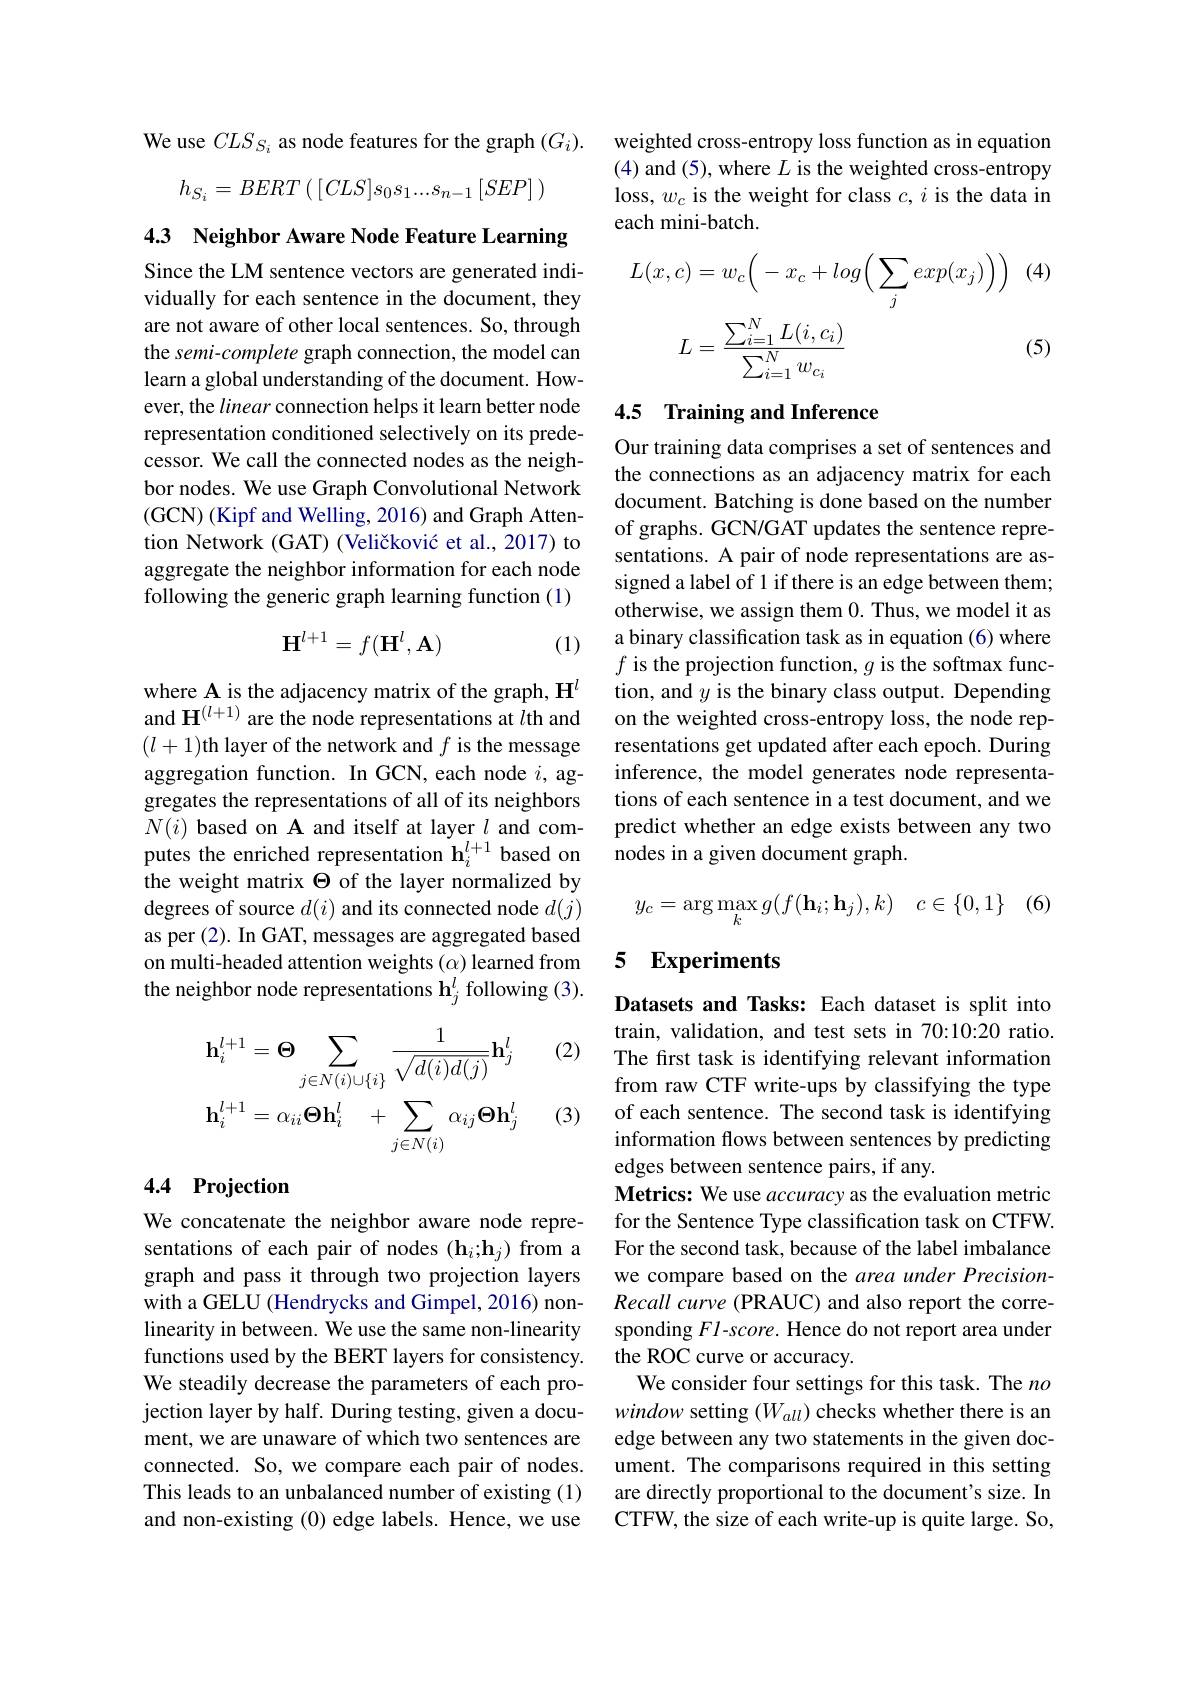
We use $CLS_{S_{i}}$ as node features for the graph $(G_{i}).$
$$h_{S_{i}}=BERT\left(\:[CLS]s_{0}s_{1}...s_{n-1}\:[SEP]\:\right)$$
4.3 Neighbor Aware Node Feature Learning

Since the LM sentence vectors are generated individually for each sentence in the document, they are not aware of other local sentences. So, through the semi-complete graph connection, the model can learn a global understanding of the document. However, the linear connection helps it learn better node representation conditioned selectively on its predecessor. We call the connected nodes as the neighbor nodes. We use Graph Convolutional Network (GCN) (Kipf and Welling, 2016) and Graph Attention Network (GAT) (Veličković et al., 2017) to aggregate the neighbor information for each node following the generic graph learning function (1)
$$\mathbf{H}^{l+1}=f(\mathbf{H}^l,\mathbf{A})$$
(1)

where A is the adjacency matrix of the graph, H$^l$ and $\mathbf{H}^{(l+1)}$ are the node representations at $l$th and $(l+1)$th layer of the network and $f$ is the message aggregation function. In GCN, each node $i$, aggregates the representations of all of its neighbors $N(i)$ based on A and itself at layer $l$ and computes the enriched representation $\mathbf{h}_i^{l+1}$ based on the weight matrix $\Theta$ of the layer normalized by degrees of source $d(i)$ and its connected node $d(j)$ as per (2). In GAT, messages are aggregated based on multi-headed attention weights $(\alpha)$ learned from the neighbor node representations $\mathbf{h}_j^l$ following (3).

(2)
$$\mathbf{h}_{i}^{l+1}=\Theta\sum_{j\in N(i)\cup\{i\}}\frac{1}{\sqrt{d(i)d(j)}}\mathbf{h}_{j}^{l}\\\mathbf{h}_{i}^{l+1}=\alpha_{ii}\mathbf{\Theta}\mathbf{h}_{i}^{l}\quad+\sum_{j\in N(i)}\alpha_{ij}\mathbf{\Theta}\mathbf{h}_{j}^{l}$$
(3)

### 4.4 Projection

We concatenate the neighbor aware node representations of each pair of nodes (h$i;\mathbf{h}_j)$ from a graph and pass it through two projection layers with a GELU (Hendrycks and Gimpel, 2016) nonlinearity in between. We use the same non-linearity functions used by the BERT layers for consistency. We steadily decrease the parameters of each projection layer by half. During testing, given a document, we are unaware of which two sentences are connected. So, we compare each pair of nodes. This leads to an unbalanced number of existing (1) and non-existing (0) edge labels. Hence, we use

weighted cross-entropy loss function as in equation (4) and (5), where $L$ is the weighted cross-entropy loss, $w_c$ is the weight for class $c,i$ is the data in each mini-batch.

(4
$$\begin{aligned}L(x,c)&=w_{c}\Big(-x_{c}+log\Big(\sum_{j}exp(x_{j})\Big)\Big)\\&L=\frac{\sum_{i=1}^{N}L(i,c_{i})}{\sum_{i=1}^{N}w_{c_{i}}}\end{aligned}$$
(5)

### 4.5 Training and Inference

Our training data comprises a set of sentences and the connections as an adjacency matrix for each document. Batching is done based on the number of graphs. GCN/GAT updates the sentence representations. A pair of node representations are assigned a label of 1 if there is an edge between them; otherwise, we assign them 0. Thus, we model it as a binary classification task as in equation (6) where $f$ is the projection function, $g$ is the softmax function, and $y$ is the binary class output. Depending on the weighted cross-entropy loss, the node representations get updated after each epoch. During inference, the model generates node representations of each sentence in a test document, and we predict whether an edge exists between any two nodes in a given document graph.

(6)
$$y_{c}=\arg\max_{k}g(f(\mathbf{h}_{i};\mathbf{h}_{j}),k)\quad c\in\{0,1\}$$
### 5 Experiments

Datasets and Tasks: Each dataset is split into train, validation, and test sets in 70:10:20 ratio. The frst task is identifying relevant information from raw CTF write-ups by classifying the type of each sentence. The second task is identifying information flows between sentences by predicting edges between sentence pairs, if any.
Metrics: We use accuracy as the evaluation metric for the Sentence Type classification task on CTFW. For the second task, because of the label imbalance we compare based on the area under PrecisionRecall curve (PRAUC) and also report the corresponding Fl-score. Hence do not report area under the ROC curve or accuracy.
We consider four settings for this task. The no window setting $(W_{all})$ checks whether there is an edge between any two statements in the given document. The comparisons required in this setting are directly proportional to the document's size. In CTFW, the size of each write-up is quite large. So,